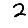
Digit: 2